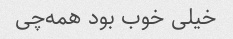
خیلی خوب بود همه‌چی